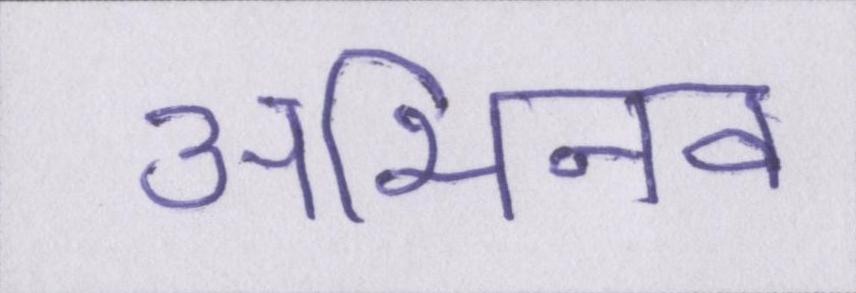
अभिनव